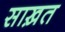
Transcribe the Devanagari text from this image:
साख़त